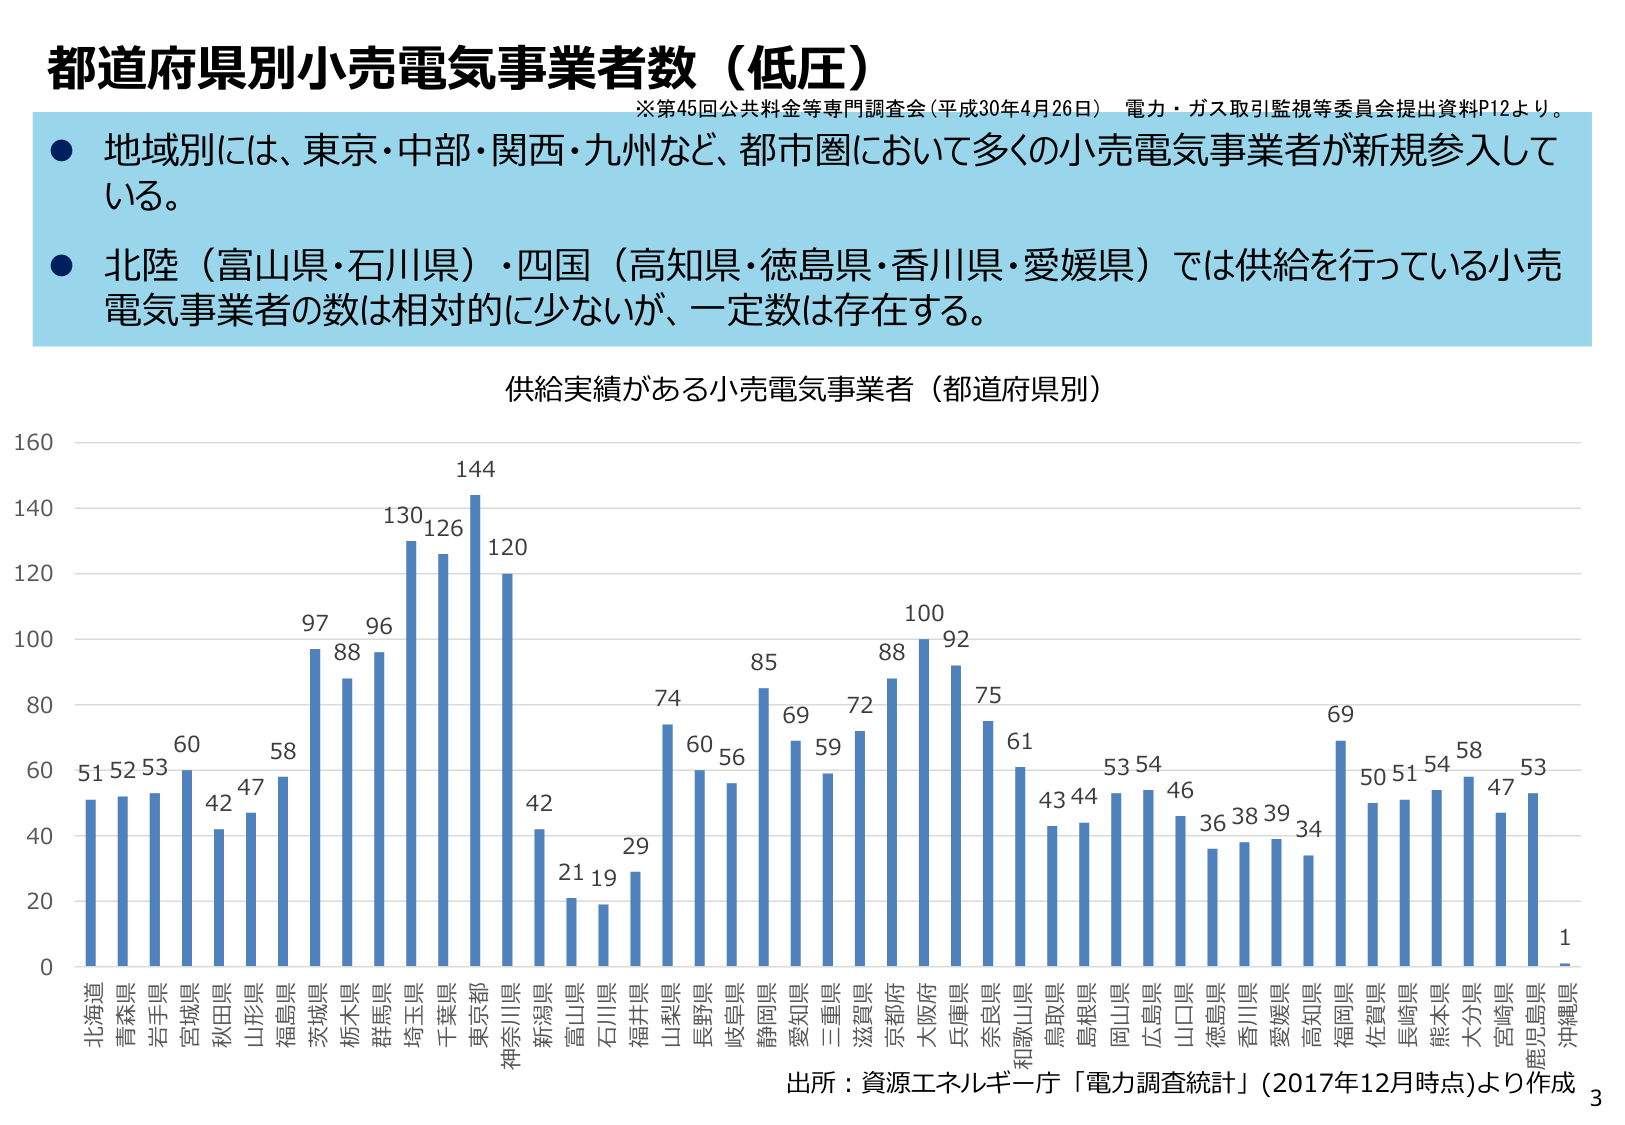
都道府県別小売電気事業者数（低圧）
※第45回公共料金等専門調査会（平成30年4月26日） 電力・ガス取引監視等委員会提出資料P12より。
● 地域別には、東京・中部・関西・九州など、都市圏において多くの小売電気事業者が新規参入している。
● 北陸（富山県・石川県）・四国（高知県・徳島県・香川県・愛媛県）では供給を行っている小売電気事業者の数は相対的に少ないが、一定数は存在する。

供給実績がある小売電気事業者（都道府県別）
160
140
120
100
80
60
40
20
0

北海道 51
青森県 52
岩手県 53
宮城県 60
秋田県 42
山形県 47
福島県 58
茨城県 97
栃木県 88
群馬県 96
埼玉県 130
千葉県 126
東京都 144
神奈川県 120
新潟県 42
富山県 21
石川県 19
福井県 29
山梨県 74
長野県 60
岐阜県 56
静岡県 85
愛知県 69
三重県 59
滋賀県 72
京都府 88
大阪府 100
兵庫県 92
奈良県 75
和歌山県 61
鳥取県 43
島根県 44
岡山県 53
広島県 54
山口県 46
徳島県 36
香川県 38
愛媛県 39
高知県 34
福岡県 69
佐賀県 50
長崎県 51
熊本県 54
大分県 58
宮崎県 47
鹿児島県 53
沖縄県 1

出所：資源エネルギー庁「電力調査統計」（2017年12月時点）より作成
3